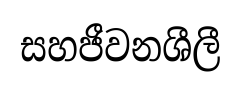
සහජීවනශීලී